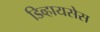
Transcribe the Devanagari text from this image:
डिव्हायसेस